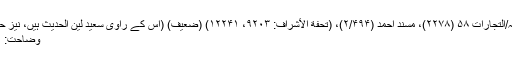
تخریج دارالدعوہ: سنن النسائی/البیوع ۲ (۴۴۶۰)، سنن ابن ماجہ/التجارات ۵۸ (۲۲۷۸)، مسند احمد (۲/۴۹۴)، (تحفة الأشراف: ۹۲۰۳، ۱۲۲۴۱) (ضعیف) (اس کے راوی سعید لین الحدیث ہیں، نیز حسن بصری کا ابو ہریرہ رضی اللہ عنہ سے سماع ثابت نہیں)
وضاحت: ۱؎: یعنی اس کا کچھ نہ کچھ اثر اس پر ظاہر ہو کر رہے گا۔